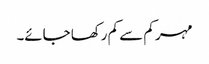
مہر کم سے کم رکھا جائے۔